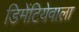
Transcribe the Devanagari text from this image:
डिमेंटियेवाला